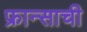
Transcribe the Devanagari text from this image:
फ्रान्साची